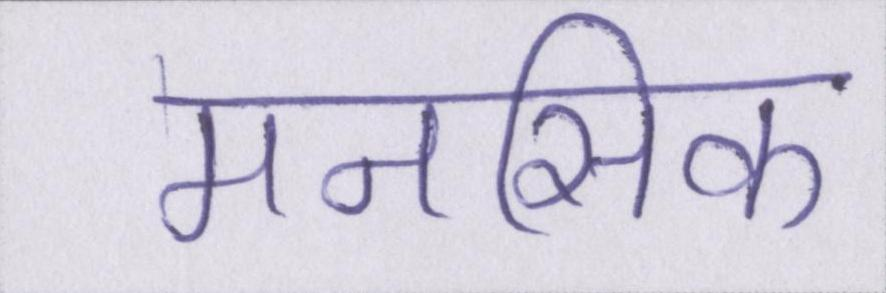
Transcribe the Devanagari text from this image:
मनसिक